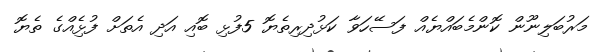
މަރުބަލިނޫން ކޮންމެބައްޔެއް ފަސޭހަވާ ކަޅުދިރިތެޔޮ 5ފުޅި ބޮއި އަދި އެތަށް ފުޅިެއްގެ ތެޔޮ